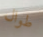
طوال